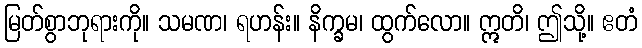
မြတ်စွာဘုရားကို။ သမဏ၊ ရဟန်း။ နိက္ခမ၊ ထွက်လော။ ဣတိ၊ ဤသို့။ ဧတံ